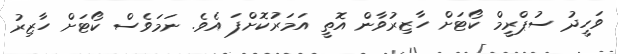
ވަހީދު ސުޕްރީމް ކޯޓަށް ހާޒިރުވާން އޮތީ އަމަރުކޮށްފަ އެވެ. ނަަމަވެސް ކޯޓަށް ހާޒިރު